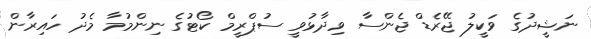
ނަޝީދުގެ ވަކީލު ޖޭރެޑް ޖެންސާ ވިދާޅުވީ ސުޕްރީމް ކޯޓުގެ ނިންމުމާ މެދު ހައިރާން